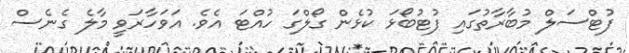
ފުޓްސަލް މުބާރާތުގައި ފުޓުބޯޅަ ކުޅެން ގޯލްގަ ހުއްޓަ އެވެ. އަވަހާރަވީ މާލެ ގެނެސް